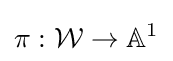
\pi :{\mathcal {W}}\to \mathbb {A} ^{1}